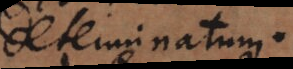
determinatum.